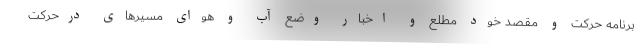
برنامه حرکت و مقصد خود مطلع و اخبار وضع آب و هوای مسیر‌های درحرکت